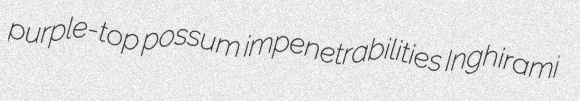
purple-top possum impenetrabilities Inghirami